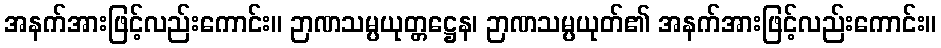
အနက်အားဖြင့်လည်းကောင်း။ ဉာဏသမ္ပယုတ္တဋ္ဌေန၊ ဉာဏသမ္ပယုတ်၏ အနက်အားဖြင့်လည်းကောင်း။